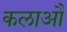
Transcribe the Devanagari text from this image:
कलाऔ